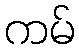
ကမ်